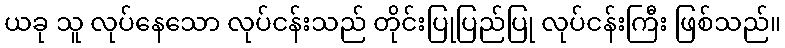
ယခု သူ လုပ်နေသော လုပ်ငန်းသည် တိုင်းပြုပြည်ပြု လုပ်ငန်းကြီး ဖြစ်သည်။